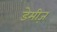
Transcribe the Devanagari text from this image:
डेमीज़